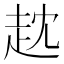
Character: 𧺟